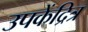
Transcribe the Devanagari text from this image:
उपकेंद्रित्र